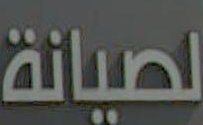
لصيانة